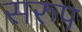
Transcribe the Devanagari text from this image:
सरुप